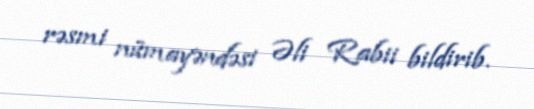
rəsmi nümayəndəsi Əli Rabii bildirib.